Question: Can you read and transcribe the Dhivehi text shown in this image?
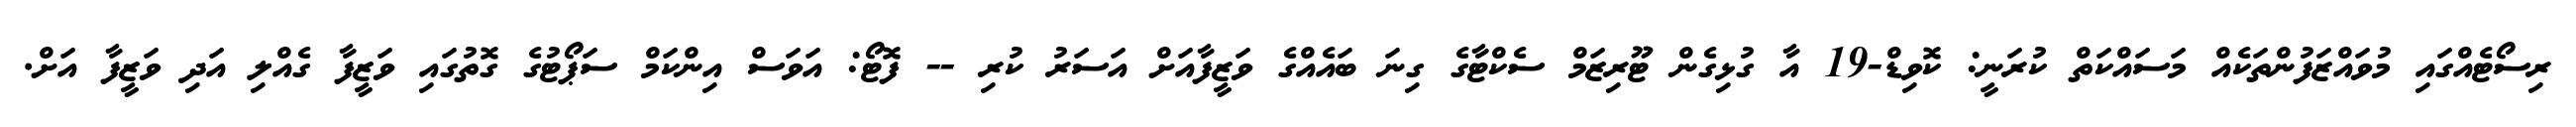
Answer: ރިސޯޓެއްގައި މުވައްޒަފުންތަކެއް މަސައްކަތް ކުރަނީ: ކޮވިޑް-19 އާ ގުޅިގެން ޓޫރިޒަމް ސެކްޓާގެ ގިނަ ބައެއްގެ ވަޒީފާއަށް އަސަރު ކުރި -- ފޮޓޯ: އަވަސް އިންކަމް ސަޕޯޓުގެ ގޮތުގައި ވަޒީފާ ގެއްލި އަދި ވަޒީފާ އަށް.